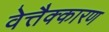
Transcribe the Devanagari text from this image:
वेत्तैक्कारण